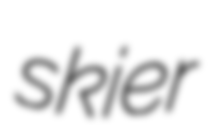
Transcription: skier